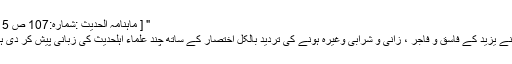
" [ ماہنامہ الحدیث :شمارہ:107 ص 15 ]
ہم نے یزید کے فاسق و فاجر ، زانی و شرابی وغیرہ ہونے کی تردید بالکل اختصار کے ساتھ چند علماء اہلحدیث کی زبانی پیش کر دی ہیں۔